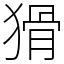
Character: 猾